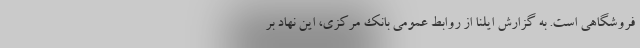
فروشگاهی است. به گزارش ایلنا از روابط عمومی بانک مرکزی، این نهاد بر